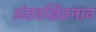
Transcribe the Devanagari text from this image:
अंतरक्षितनाव